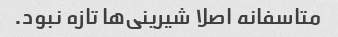
متاسفانه اصلا شیرینی‌ها تازه نبود.